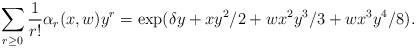
\begin{align*} \sum_{r\geq 0} \frac1{r!} \alpha_r(x, w) y^r = \exp(\delta y + xy^2/2 + w x^2 y^3 / 3 + w x^3 y^4 / 8). \end{align*}